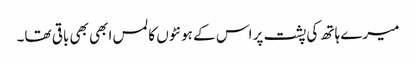
میرے ہاتھ کی پشت پر اس کے ہونٹوں کا لمس ابھی بھی باقی تھا۔